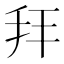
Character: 𢪙